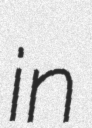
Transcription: in